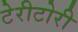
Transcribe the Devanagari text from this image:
टेरीटोरी